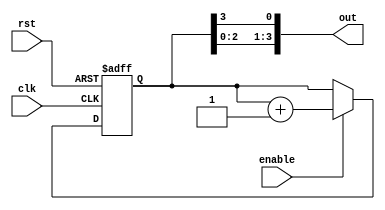
module RingCounterWithEnable (
    input wire clk,       // Clock input
    input wire rst,       // Reset input
    input wire enable,    // Enable input
    output reg [N-1:0] out // Output signals (N-bit ring counter)
);

parameter N = 4; // Define the size of the ring counter

reg [N-1:0] counter;

always @ (posedge clk or posedge rst) begin
    if (rst) begin
        counter <= 0;
    end else if (enable) begin
        counter <= counter + 1;
    end
end

assign out = {counter[N-2:0], counter[N-1]}; // Connect output to ring configuration

endmodule